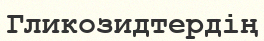
Гликозидтердің